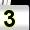
Digit: 3